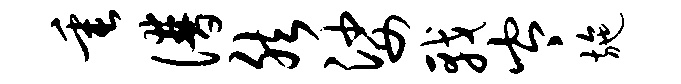
垂谱然娑戟岑施